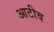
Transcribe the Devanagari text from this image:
आटीव